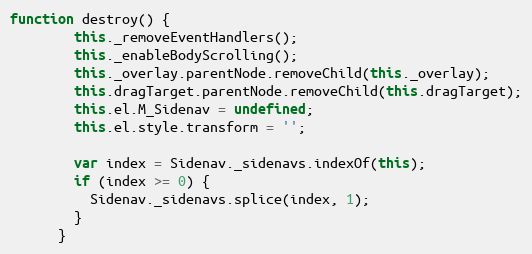
Language: JavaScript
function destroy() {
        this._removeEventHandlers();
        this._enableBodyScrolling();
        this._overlay.parentNode.removeChild(this._overlay);
        this.dragTarget.parentNode.removeChild(this.dragTarget);
        this.el.M_Sidenav = undefined;
        this.el.style.transform = '';

        var index = Sidenav._sidenavs.indexOf(this);
        if (index >= 0) {
          Sidenav._sidenavs.splice(index, 1);
        }
      }